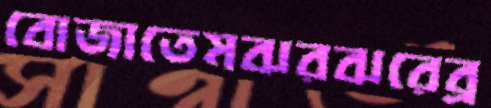
বোজাতেমঝরঝরেব্র